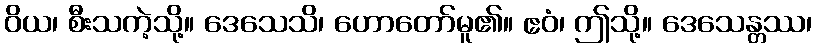
ဝိယ၊ စီးသကဲ့သို့။ ဒေသေသိ၊ ဟောတော်မူ၏။ ဧဝံ၊ ဤသို့။ ဒေသေန္တဿ၊